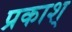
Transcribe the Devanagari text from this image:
प्रकाश्